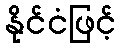
နိုင်ငံဖြင့်